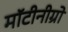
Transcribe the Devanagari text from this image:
मॉटीनीग्रो